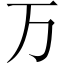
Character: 万